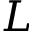
L